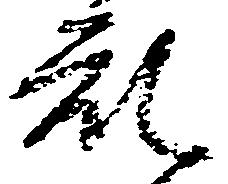
乱